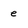
Character: e